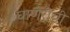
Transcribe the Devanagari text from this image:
घाणेरीची